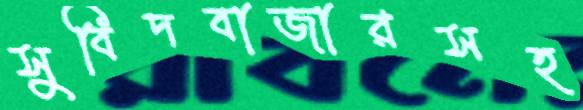
সুবিদবাজারসহ